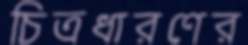
চিত্রধারণের